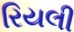
રિયલી